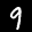
Label: 9